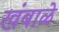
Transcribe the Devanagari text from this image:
खंबाळे